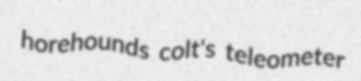
horehounds colt's teleometer